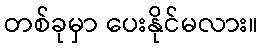
တစ်ခုမှာ ပေးနိုင်မလား။